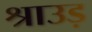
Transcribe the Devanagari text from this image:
श्राउड़